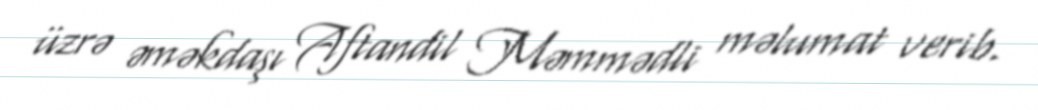
üzrə əməkdaşı Aftandil Məmmədli məlumat verib.